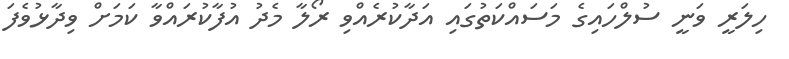
ހިލަރީ ވަނީ ސުލްހައިގެ މަސައްކަތުގައި އަދާކުރެއްވި ރޯލާ މެދު އުފާކުރައްވާ ކަމަށް ވިދާޅުވެފަ